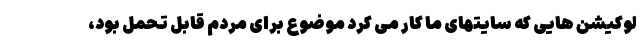
لوکیشن هایی که سایتهای ما کار می کرد موضوع برای مردم قابل تحمل بود،